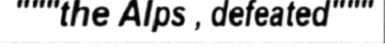
"""the Alps , defeated"""